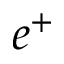
e ^ { + }